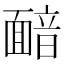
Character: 𩈴